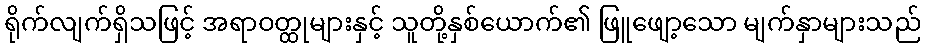
ရိုက်လျက်ရှိသဖြင့် အရာဝတ္ထုများနှင့် သူတို့နှစ်ယောက်၏ ဖြူဖျော့သော မျက်နှာများသည်